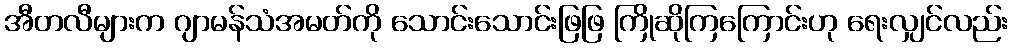
အီတလီများက ဂျာမန်သံအမတ်ကို သောင်းသောင်းဖြဖြ ကြိုဆိုကြကြောင်းဟု ရေးလျှင်လည်း